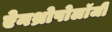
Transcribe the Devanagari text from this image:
ऐनथ्रोपोलॉजी